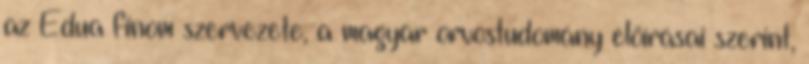
az Edua finom szervezete, a magyar orvostudomány elõírásai szerint,